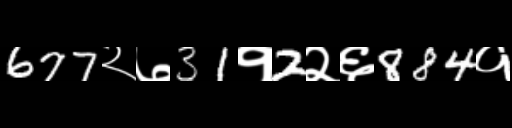
Text: 677२७31१2२६884१